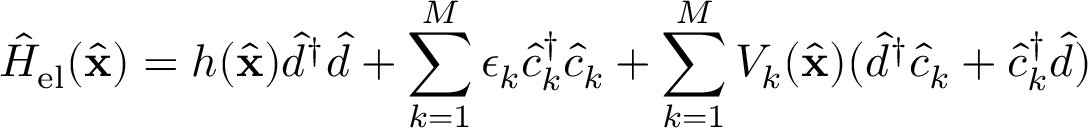
\hat { H } _ { \mathrm { e l } } ( \hat { \mathbf { x } } ) = h ( \hat { \mathbf { x } } ) \hat { d } ^ { \dag } \hat { d } + \sum _ { k = 1 } ^ { M } \epsilon _ { k } \hat { c } _ { k } ^ { \dag } \hat { c } _ { k } + \sum _ { k = 1 } ^ { M } V _ { k } ( \hat { \mathbf { x } } ) ( \hat { d } ^ { \dag } \hat { c } _ { k } + \hat { c } _ { k } ^ { \dag } \hat { d } )